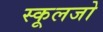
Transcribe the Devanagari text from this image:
स्कूलजो